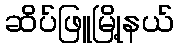
ဆိပ်ဖြူမြို့နယ်